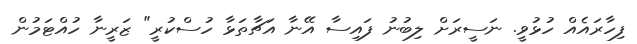
ފިހާރައެއް ހުޅުވީ. ނަސީރަށް ލިބުނު ފައިސާ އޭނާ އަޗާތަޅާ ހުސްކުރީ" ޒަރީނާ ހުއްޓަމުން